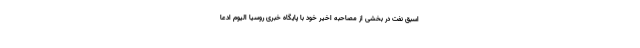
اسبق نفت در بخشی از مصاحبه اخیر خود با پایگاه خبری روسیا الیوم ادعا